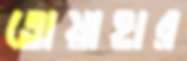
তোয়াহার